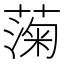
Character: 𫉙